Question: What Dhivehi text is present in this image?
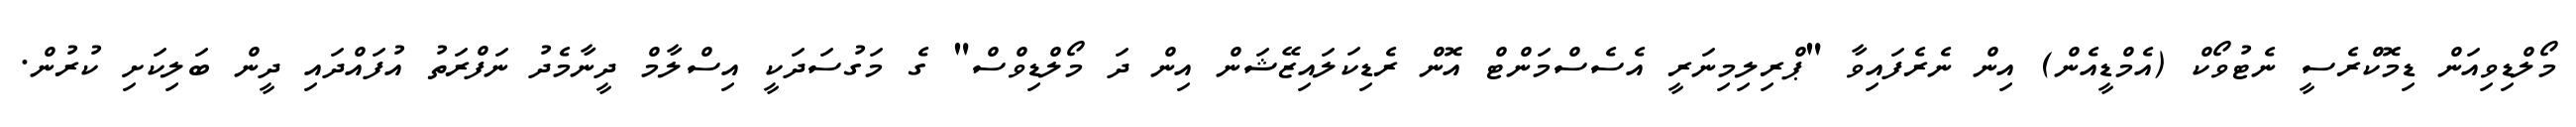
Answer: މޯލްޑިވިއަން ޑިމޮކްރެސީ ނެޓުވޯކް (އެމްޑީއެން) އިން ނެރެފައިވާ "ޕްރިލިމިނަރީ އެސެސްމަންޓް އޮން ރެޑިކަލައިޒޭޝަން އިން ދަ މޯލްޑިވްސް" ގެ މަގުސަދަކީ އިސްލާމް ދީނާމެދު ނަފްރަތު އުފައްދައި ދީން ބަލިކަށި ކުރުން.